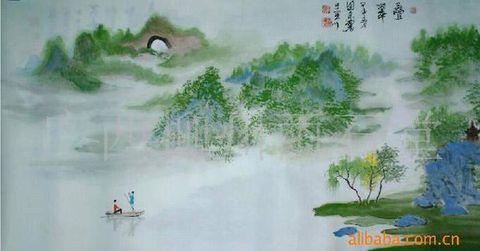
若到江南赶上春，千万和春住。